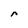
Character: r